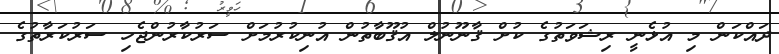
ދައްކަން މި އުޅެނީ ރިޝަވަތުގެ ކުށް ޤާނޫނުލް އުޤޫބާތުން އުނިކުރުމަށް ސަރުކާރުންޖެހި ސަރުކަރާތުގެ